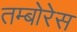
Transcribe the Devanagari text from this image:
तम्बोरेस